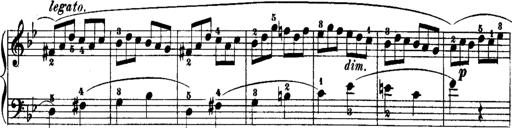
Title: Rondos and Sonatinas for Pianoforte
Composer: Daniel Steibelt